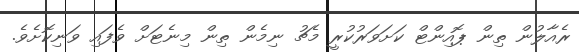
ރެއާލުން ތިން ޕޮއިންޓް ކަށަވަރުކުރީ މެޗު ނިމެން ތިން މިނެޓަށް ވެފައި ވަނިކޮށެވެ.